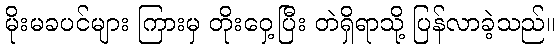
မိုးမခပင်များ ကြားမှ တိုးဝှေ့ပြီး တဲရှိရာသို့ ပြန်လာခဲ့သည်။